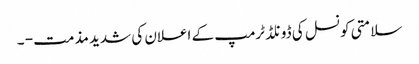
سلامتی کونسل کی ڈونلڈ ٹرمپ کے اعلان کی شدید مذمت - ۔